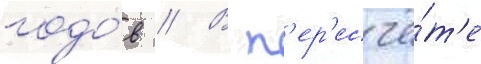
годо́в // В п'ер'есчё́т'е